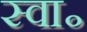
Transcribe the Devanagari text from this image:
स्वा॰